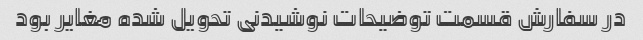
در سفارش قسمت توضیحات نوشیدنی تحویل شده مغایر بود